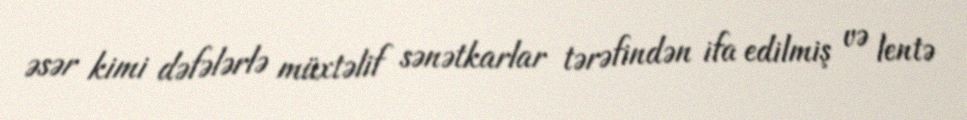
əsər kimi dəfələrlə müxtəlif sənətkarlar tərəfindən ifa edilmiş və lentə